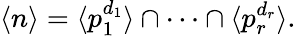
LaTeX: \langle n\rangle=\langle p_{1}^{d_{1}}\rangle\cap\cdots\cap\langle p_{r}^{d_{r}}\rangle.